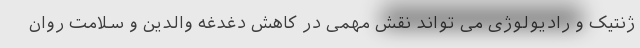
ژنتیک و رادیولوژی می تواند نقش مهمی در کاهش دغدغه والدین و سلامت روان